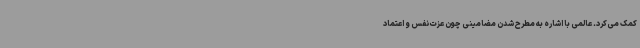
کمک می‌کرد. عالمی با اشاره به مطرح شدن مضامینی چون عزت نفس و اعتماد